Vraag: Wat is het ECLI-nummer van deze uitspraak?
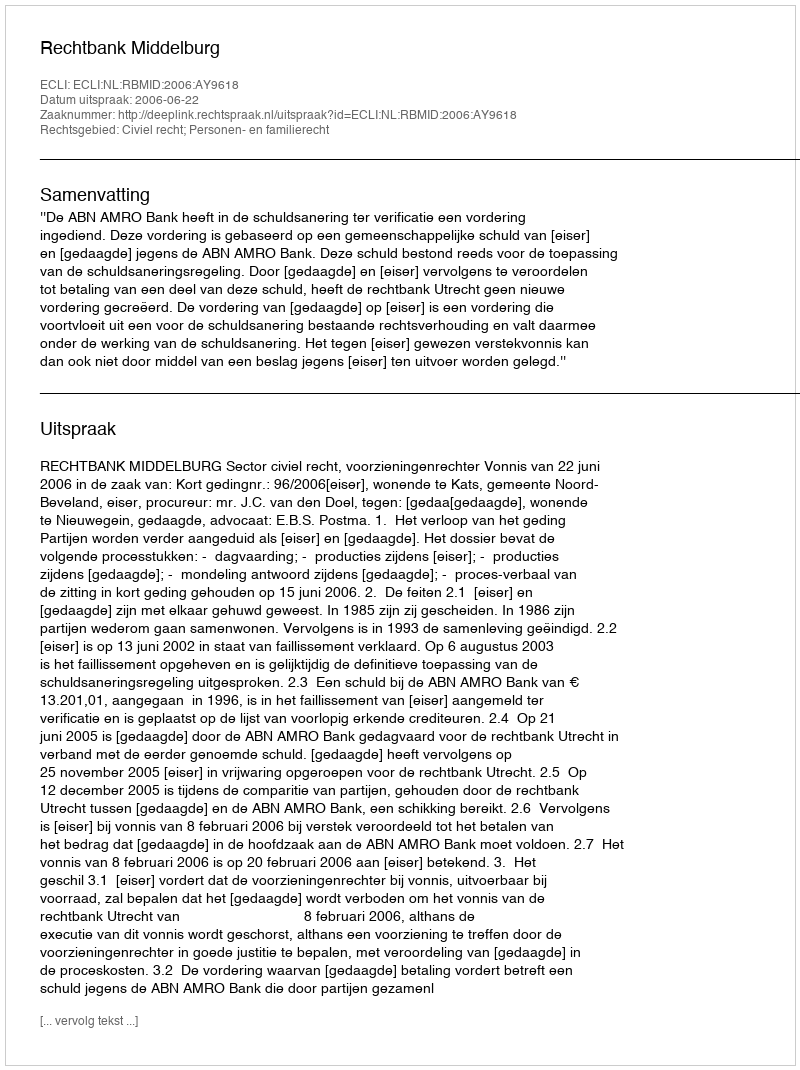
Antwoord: ECLI:NL:RBMID:2006:AY9618